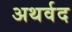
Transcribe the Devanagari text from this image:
अथर्वद